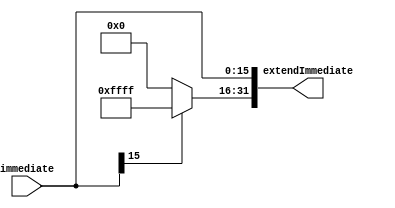
`timescale 1ns / 1ps
//////////////////////////////////////////////////////////////////////////////////
// Company: 
// Engineer: 
// 
// Design Name: 
// Module Name: SignZeroExtend
// Project Name: 
// Target Devices: 
// Tool Versions: 
// Description: 
// 
// Dependencies: 
// 
// Revision:
// Revision 0.01 - File Created
// Additional Comments:
// 
//////////////////////////////////////////////////////////////////////////////////


module SignZeroExtend(
        input wire [15:0] immediate,    //
        output [31:0] extendImmediate
    );
    
//    always@(extendImmediate)
//    begin
//        $display("%d", extendImmediate[31]);
//    end
    
    assign extendImmediate[15:0] = immediate;
    assign extendImmediate[31:16] =immediate[15] ? 16'hffff : 16'h0000;
endmodule